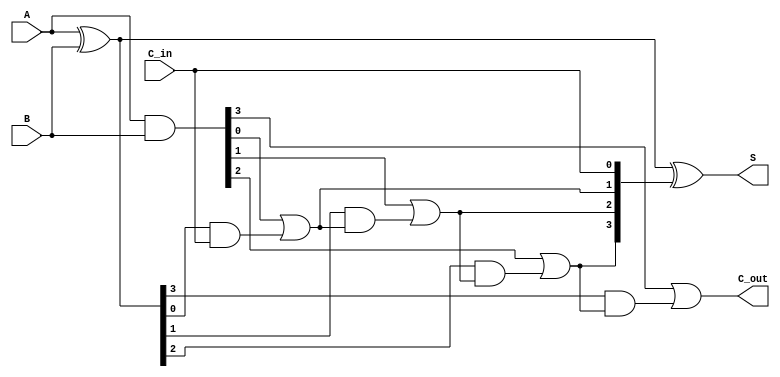
module CarryLookaheadAdder #(parameter n = 4) (
    input  [n-1:0] A,      // First input operand
    input  [n-1:0] B,      // Second input operand
    input         C_in,     // Carry input
    output [n-1:0] S,      // Sum output
    output        C_out     // Carry output
);

    wire [n-1:0] G;        // Generate signals
    wire [n-1:0] P;        // Propagate signals
    wire [n:0] C;          // Carry signals, C[n] is the final carry out

    // Generate and Propagate Logic
    assign G = A & B;      // Generate: G[i] = A[i] & B[i]
    assign P = A ^ B;      // Propagate: P[i] = A[i] ^ B[i]

    // Carry Signal Calculation
    assign C[0] = C_in;    // C[0] is the carry input
    genvar i;
    generate
        for (i = 0; i < n; i = i + 1) begin: carry_generation
            assign C[i + 1] = G[i] | (P[i] & C[i]); // C[i + 1] = G[i] + (P[i] * C[i])
        end
    endgenerate

    // Sum Calculation
    assign S = P ^ C[n-1:0]; // S[i] = P[i] ^ C[i]

    // Final Carry Output
    assign C_out = C[n];    // C[n] is the carry output

endmodule